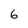
Character: 6